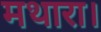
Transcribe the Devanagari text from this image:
मथारा।